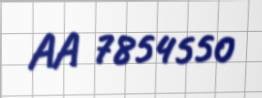
AA 7854550